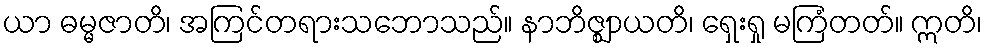
ယာ ဓမ္မဇာတိ၊ အကြင်တရားသဘောသည်။ နာဘိဇ္ဈာယတိ၊ ရှေးရှု မကြံတတ်။ ဣတိ၊